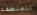
للمنطقة